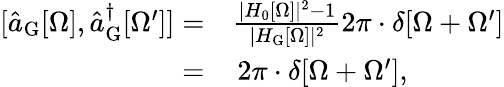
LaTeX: \begin{array}{rl}{[\hat{a}_{\mathrm{G}}[\Omega],\hat{a}_{\mathrm{G}}^{\dagger}[\Omega^{\prime}]]=}&{\frac{|H_{0}[\Omega]|^{2}-1}{|H_{\mathrm{G}}[\Omega]|^{2}}2\pi\cdot\delta[\Omega+\Omega^{\prime}]}\\ {=}&{\, 2\pi\cdot\delta[\Omega+\Omega^{\prime}],}\end{array}